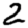
Digit: 2